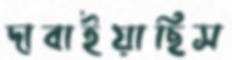
দাবাইয়াছিস